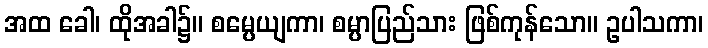
အထ ခေါ၊ ထိုအခါ၌။ စမ္ပေယျကာ၊ စမ္ပာပြည်သား ဖြစ်ကုန်သော။ ဥပါသကာ၊